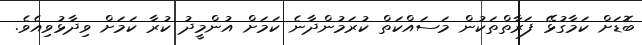
ބޮޑަށް ކަމާގުޅޭ ފަރާތްތަކުން މަސައްކަތް ކުރަމުންދާނެ ކަމަށް އުންމީދު ކުރާ ކަމަށް ވިދާޅުވިއެވެ.